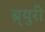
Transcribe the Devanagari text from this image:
ब्र्युरी